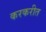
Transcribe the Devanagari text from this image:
करकरीत